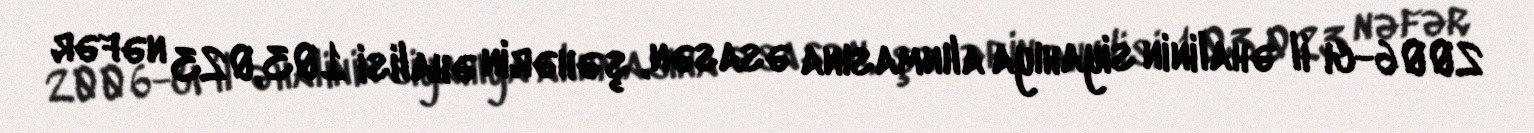
2006-cı il əhalinin siyahıya alınmasına əsasən, şəhərin əhalisi 103,023 nəfər